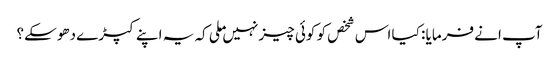
آپ انے فرمایا : کیا اس شخص کو کوئی چیز نہیں ملی کہ یہ اپنے کپڑے دھوسکے؟